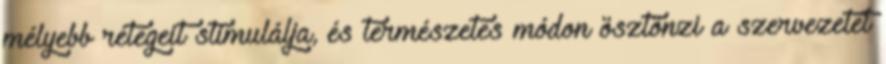
mélyebb rétegeit stimulálja, és természetes módon ösztönzi a szervezetet